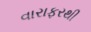
વારાફરથી